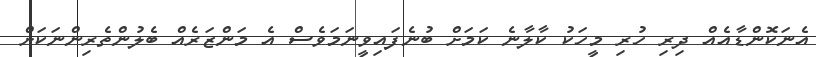
އެނަކޮންޑާއެއް ދިރި ހުރި މީހަކު ކާލާނެ ކަމަށް ބުނެފަައިވީނަމަވެސް އެ މަންޒަރެއް ބެލުންތެރިންނަކަށް